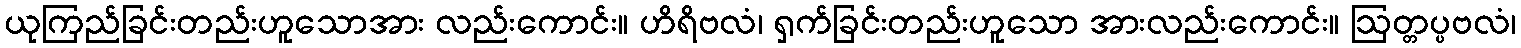
ယုကြည်ခြင်းတည်းဟူသောအား လည်းကောင်း။ ဟိရိဗလံ၊ ရှက်ခြင်းတည်းဟူသော အားလည်းကောင်း။ ဩတ္တပ္ပဗလံ၊